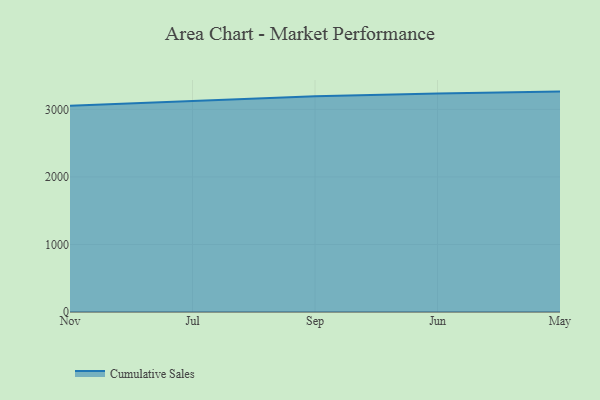
{"axis": {"x": "Month", "y": "Headcount"}, "legend": ["Cumulative Sales"], "data": [{"x": "Nov", "y": 3054.3, "type": "Cumulative Sales"}, {"x": "Jul", "y": 3126.2, "type": "Cumulative Sales"}, {"x": "Sep", "y": 3195.1, "type": "Cumulative Sales"}, {"x": "Jun", "y": 3235.4, "type": "Cumulative Sales"}, {"x": "May", "y": 3263.8, "type": "Cumulative Sales"}]}